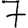
Digit: 7